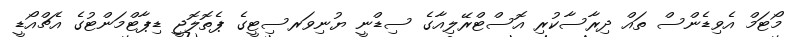
މޯޓަމް އެވިޑެންސް ތައް ދިރާސާކުރި އޮސްޓްރޭލިއާގެ ސިޑްނީ ޔުނިވަރސިޓީގެ ޕެތޮލޮޖީ ޑިޕާޓްމަންޓުގެ އެޗްއޯޑީ